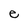
Character: e